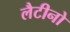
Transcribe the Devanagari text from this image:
लैटीनो